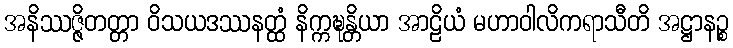
အနိဿဇ္ဇိတတ္တာ ဝိသယဒဿနတ္ထံ နိက္ကဍ္ဎန္တိယာ အာဠိယံ မဟာဝါလိကရာသီတိ အဋ္ဌာနဉ္စ